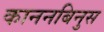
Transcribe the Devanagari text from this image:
काननबिनुस